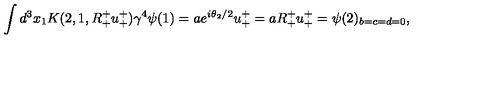
\int d ^ { 3 } x _ { 1 } K ( 2 , 1 , R _ { + } ^ { + } u _ { + } ^ { + } ) \gamma ^ { 4 } \psi ( 1 ) = a e ^ { i \theta _ { 2 } / 2 } u _ { + } ^ { + } = a R _ { + } ^ { + } u _ { + } ^ { + } = \psi ( 2 ) _ { b = c = d = 0 } ,